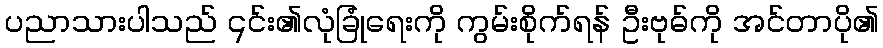
ပညာသားပါသည် ၎င်း၏လုံခြုံရေးကို ကွမ်းစိုက်ရန် ဦးဗုဓ်ကို အင်တာပို၏